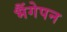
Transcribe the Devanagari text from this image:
भैंगेपन